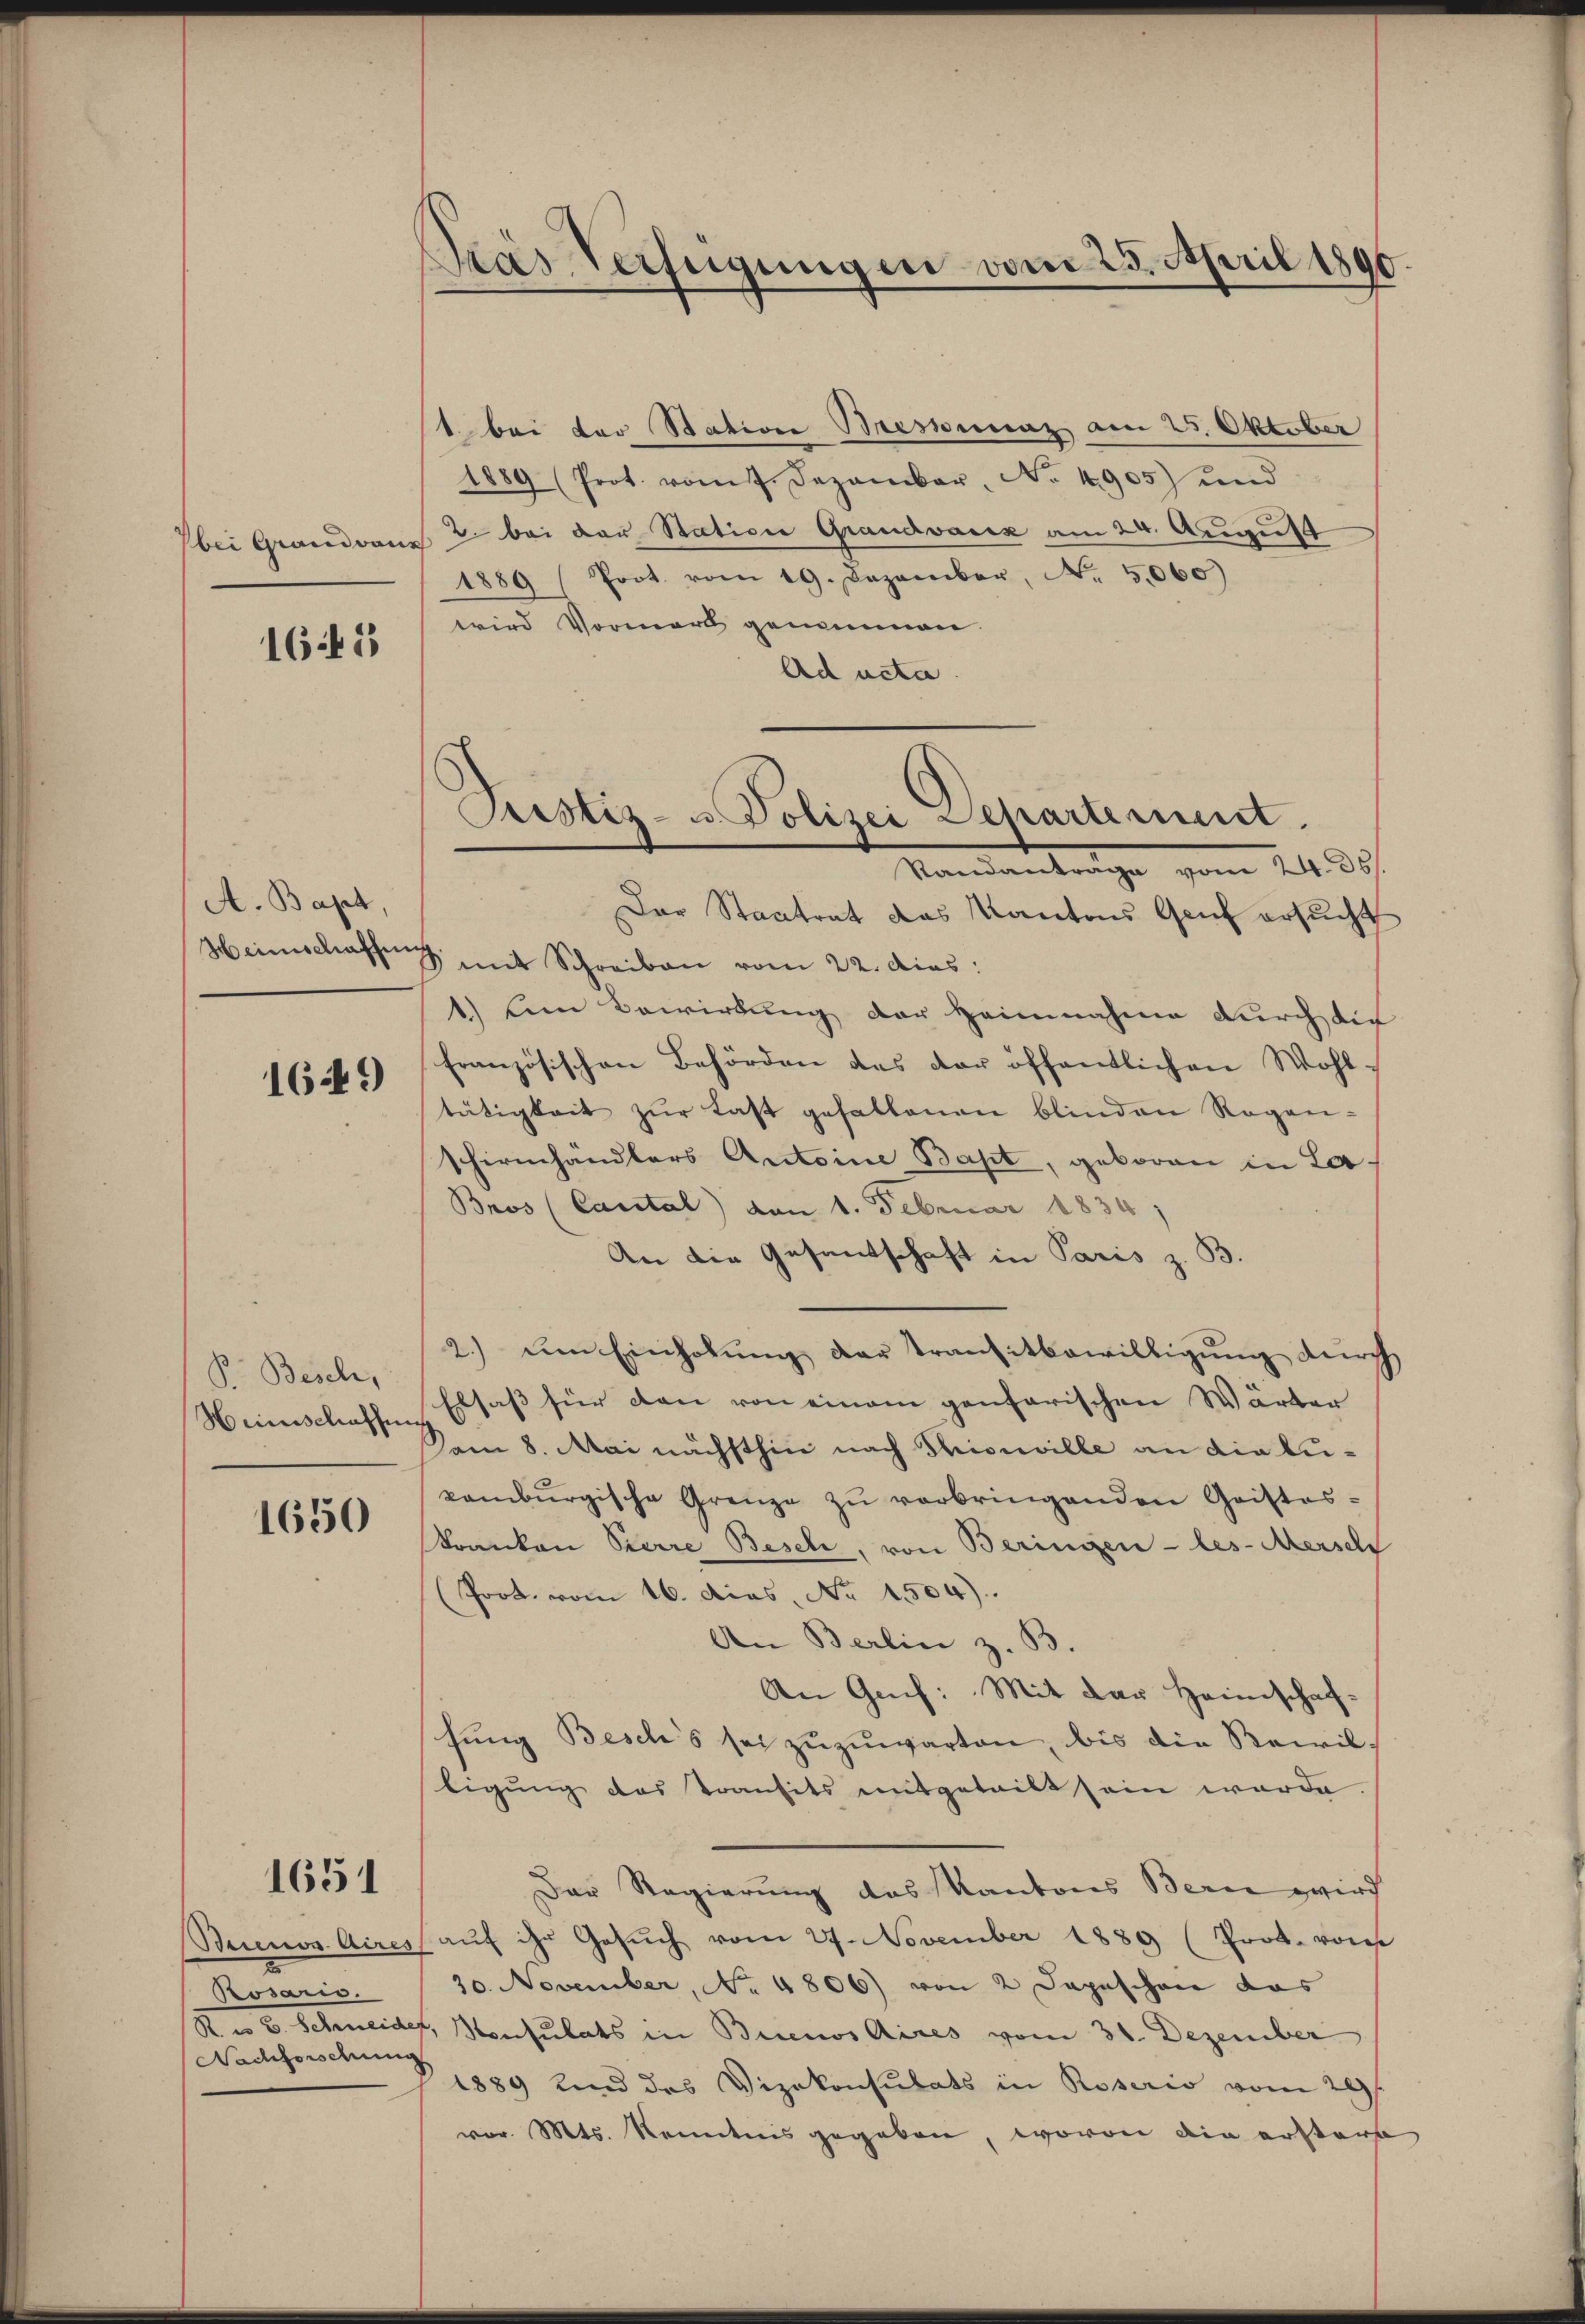
bei Grandvone

1645

A. Bapt,

16449)

Pr. Besch,
Heimschaffung

1650

1651

Rosaris
A. v. Schneide
Nachforschung

Pras Verfügungen vom 25. April 1896.

1. bei der Station Bestimaz am 25. Oktober
1889 (Prot. vom 7. Dezember, No. 4905) und
2. bei der Station Grandvariz am 24. August
1889 Prot. vom 19. Dezember, No. 5,060)
wird Vormerk genommen.
Ad acta.
Der Staatrat das Kantons Genf ersucht
Heimschaffung mit Schreiben vom 22. dies:
1.) Dem Bewirkung der Heimnahme durch die
französischen Behörden des der öffentlichen Wohl-
tätigkeit zŭr Last gefallenen blinden Regen-
schirmhändlers Antoine Bapt, geboren in La¬
Bros (Cantal) den 1. Februar 1834)
An die Gesantschaft in Paris z. B
2.) um Einholung der Transitbewilligung durch
Elsaß für den von einem genfarischen Wärter
Kam 8. Mai nächsthin nach Pionille an die bukamburgische Grenze zŭ verbringenden Geistes-
skranken Pierre Besel, von Beringen -les-Mersch
(Prot. vom 16. das No 4504).
An Berlin z. B.
An Genf: Mit der Heimschafshung Besch's sei zuzuwarten, bis die Recil-
ligung des Transits mitgeteilt sein werde
Der Regierung des Kantons Bern wird
Buenos Aires aŭf ihr Gesŭch vom 27. November 1889 (Prok. von
30. November, No. 4806) von 2 Depeschen das
4. Konsulats in Buenos Aires vom 31. Dezember
§ 1889 und das Vizekonsulats in Roseris vom 29st
vor. Mts. Kenntnis gegeben, wovon die erstere

Justiz- u. Polizei Departement.
Mandantrage vom 24. d.